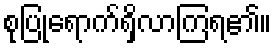
စုပြုံရောက်ရှိလာကြရ၏။